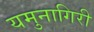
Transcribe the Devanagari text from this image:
यमुनागिरी